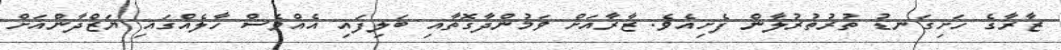
ޒާރާގެ ހަށިގަނޑު ތުރުތުރުލާން ފެށިއެވެ. ޒާރާއަށް ވަމުންދާގޮތާއި ބަލިފައި އެއްވެސް ހާލެއްގައި ޔަޒްދާންއަށް